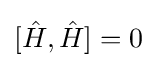
[{\hat {H}},{\hat {H}}]=0